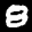
Label: 8